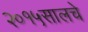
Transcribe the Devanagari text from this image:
२०१५सालचे